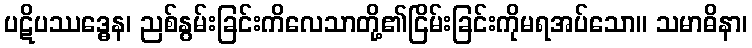
ပဋိပဿဒ္ဓေန၊ ညစ်နွမ်းခြင်းကိလေသာတို့၏ငြိမ်းခြင်းကိုမရအပ်သော။ သမာဓိနာ၊